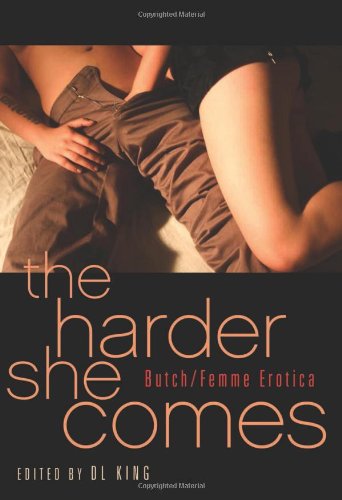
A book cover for The Harder She Comes: Butch Femme Erotica; Romance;